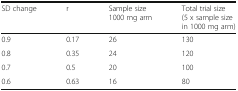
<table><thead><tr><td><b>SD change</b></td><td><b>r</b></td><td><b>Sample size 1000 mg arm</b></td><td><b>Total trial size (5 x sample size in 1000 mg arm)</b></td></tr></thead><tbody><tr><td>0.9</td><td>0.17</td><td>26</td><td>130</td></tr><tr><td>0.8</td><td>0.35</td><td>24</td><td>120</td></tr><tr><td>0.7</td><td>0.5</td><td>20</td><td>100</td></tr><tr><td>0.6</td><td>0.63</td><td>16</td><td>80</td></tr></tbody></table>